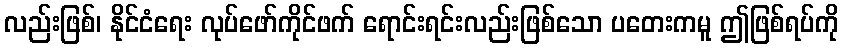
လည်းဖြစ်၊ နိုင်ငံရေး လုပ်ဖော်ကိုင်ဖက် ရောင်းရင်းလည်းဖြစ်သော ပတေးကမူ ဤဖြစ်ရပ်ကို